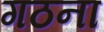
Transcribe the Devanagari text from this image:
गठना